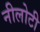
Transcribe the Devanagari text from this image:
नीलोटी